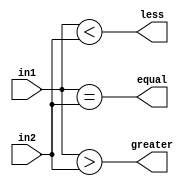
module serial_comparator(
    input wire in1,
    input wire in2,
    output wire equal,
    output wire greater,
    output wire less
);

assign equal = (in1 == in2);
assign greater = (in1 > in2);
assign less = (in1 < in2);

endmodule